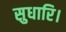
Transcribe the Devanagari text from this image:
सुधारि।